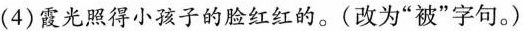
(4)霞光照得小孩子的脸红红的。(改为”被”字句。)